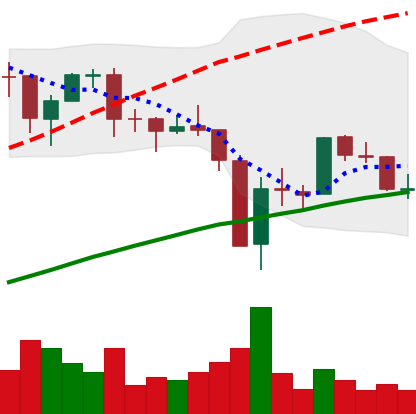
Ticker: BTC-USD
Chart end date: 2017-09-22
Forward return: 15.699%
Label: up_7plus